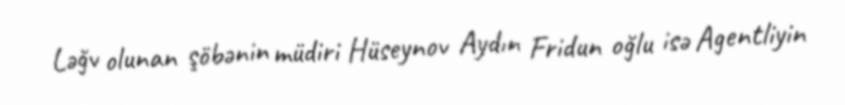
Ləğv olunan şöbənin müdiri Hüseynov Aydın Fridun oğlu isə Agentliyin